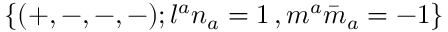
\{ ( + , - , - , - ) ; l ^ { a } n _ { a } = 1 \, , m ^ { a } { \bar { m } } _ { a } = - 1 \}